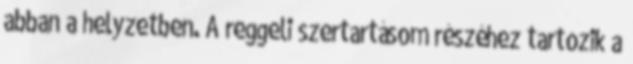
abban a helyzetben. A reggeli szertartásom részéhez tartozik a